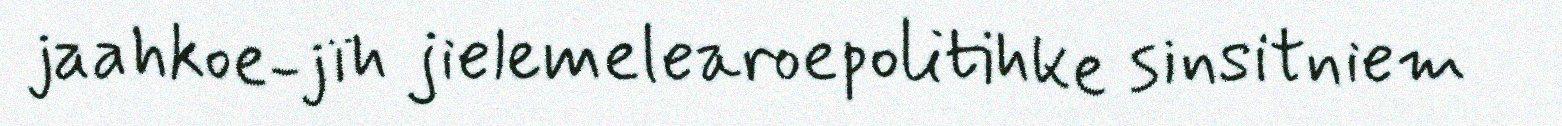
jaahkoe-jïh jielemelearoepolitihke sinsitniem